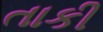
તાકી